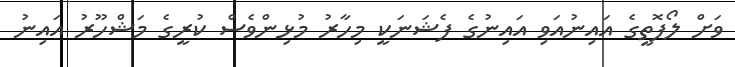
ވަށް ލޯފޮތީގެ އައިނުއަވި އައިނުގެ ފެޝަނަކީ މިހާރު މުޅިންވެސް ކުރީގެ މަޝްހޫރު އައިނު